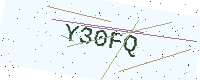
Text: Y30FQ